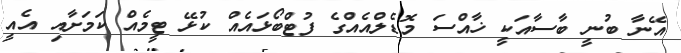
އޭނާ ބުނީ ބާސާއަކީ ޚާއްސަ މޮޑެލްއެއްގެ ފުޓްބޯޅައެއް ކުޅޭ ޓީމެއް ކަމަށާއި އެއީ